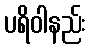
ပရိဝါနည်း